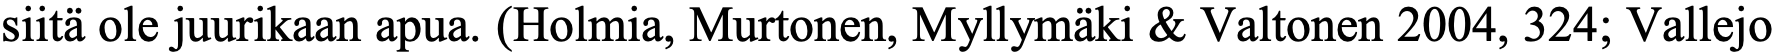
siitä ole juurikaan apua. (Holmia, Murtonen, Myllymäki & Valtonen 2004, 324; Vallejo